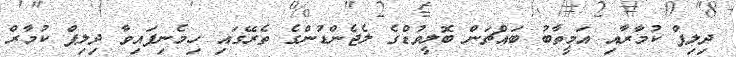
ދިލިޕް ކުމާރާއި އަމީތާބު ބައްޗަން ބޮލީވުޑްގެ ލެޖެންޑުންގެ ތެރޭގައި ހިމެނިފައިވާ ދިލިޕް ކުމާރް